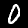
Digit: 0